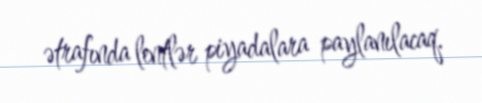
ətrafında lentlər piyadalara paylanılacaq.